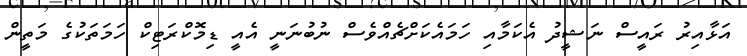
އަޅާއިރު ރައީސް ނަޝީދު އެކަމާއި ހަމައެކަށްޗެއްވެސް ނުބުނަނީ އެއީ ޑިމޮކްރަޓިކް ހަމަތަކުގެ މަތީން